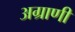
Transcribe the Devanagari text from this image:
अग्राणी